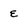
Character: e